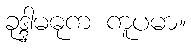
ခုဒ္ဒါမဓုက ကူပမာ။